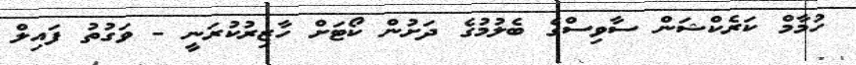
ހުމާމް ކަރެކްޝަން ސާވިސްގެ ބެލުމުގެ ދަށުން ކޯޓަށް ހާޒިރުކުރަނީ - ވަގުތު ފައިލް